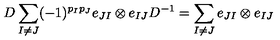
D \sum _ { I \neq J } ( - 1 ) ^ { p _ { I } p _ { J } } e _ { J I } \otimes e _ { I J } D ^ { - 1 } = \sum _ { I \neq J } e _ { J I } \otimes e _ { I J }